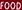
FOOD